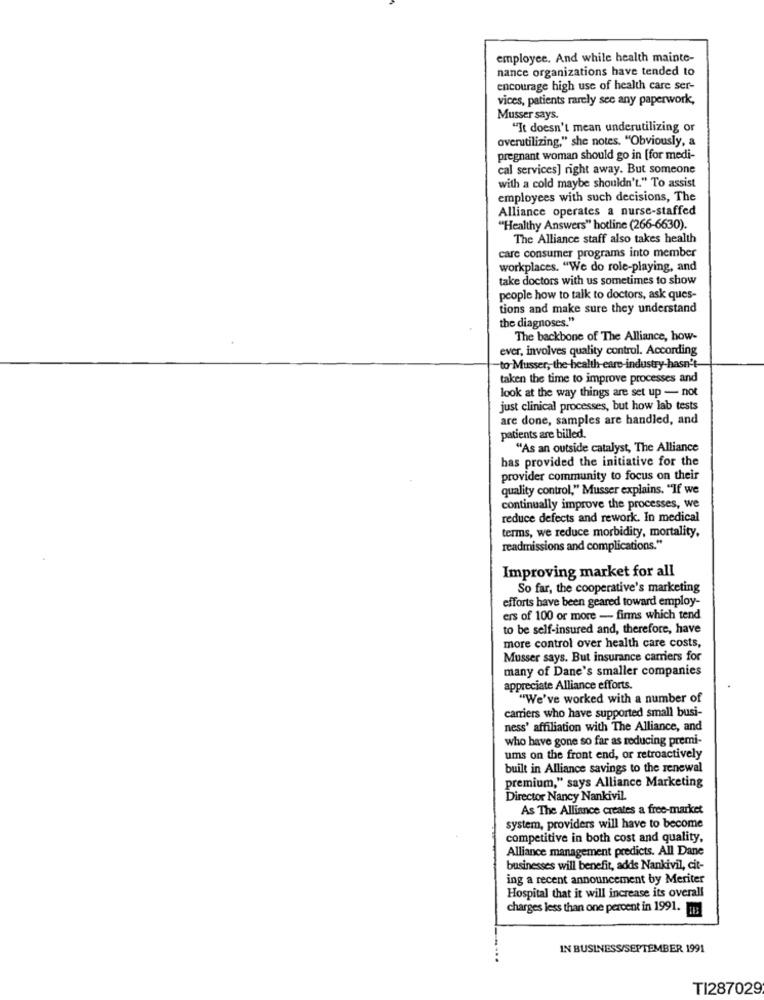
employee. And while health mainte-
nance organizations have tended to
encourage high use of health care ser-
vices, patients rarely see any paperwork,
Musser says.
"It doesn't mean underutilizing or
overutilizing," she notes. "Obviously, a
pregnant woman should go in [for medi-
cal services] right away. But someone
with a cold maybe shouldn't." To assist
employees with such decisions, The
Alliance operates a nurse-staffed
"Healthy Answers" hotline (266-6630).
The Alliance staff also takes health
care consumer programs into member
workplaces. "We do role-playing, and
take doctors with us sometimes to show
people how to talk to doctors, ask ques-
tions and make sure they understand
the diagnoses."
The backbone of The Alliance, how-
ever, involves quality control. According
to Musser, the health-care-industry-hasn't-
taken the time to improve processes and
look at the way things are set up - not
just clinical processes, but how lab tests
are done, samples are handled, and
patients are billed.
"As an outside catalyst, The Alliance
has provided the initiative for the
provider community to focus on their
quality control," Musser explains. "If we
continually improve the processes, we
reduce defects and rework. In medical
terms, we reduce morbidity, mortality,
readmissions and complications."
Improving market for all
So far, the cooperative's marketing
efforts have been geared toward employ-
ers of 100 or more - firms which tend
to be self-insured and, therefore, have
more control over health care costs,
Musser says. But insurance carriers for
many of Dane's smaller companies
appreciate Alliance efforts.
"We've worked with a number of
carriers who have supported small busi-
ness' affiliation with The Alliance, and
who have gone so far as reducing premi-
ums on the front end, or retroactively
built in Alliance savings to the renewal
premium," says Alliance Marketing
Director Nancy Nankivil.
As The Alliance creates a free-market
system, providers will have to become
competitive in both cost and quality,
Alliance management predicts. All Dane
businesses will benefit, adds Nankivil, cit-
ing a recent announcement by Meriter
Hospital that it will increase its overall
charges less than one percent in 1991. :
IN BUSINESS/SEPTEMBER 1991
TI287029